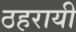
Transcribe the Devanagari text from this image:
ठहरायी